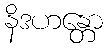
နိဒဟန္တော